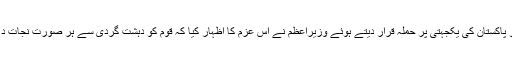
اس دھماکے کو پاکستان کی یکجہتی پر حملہ قرار دیتے ہوئے وزیراعظم نے اس عزم کا اظہار کیا کہ قوم کو دہشت گردی سے ہر صورت نجات دلائی جائے گی۔